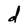
Character: d